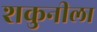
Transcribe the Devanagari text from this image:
शकुनीला